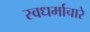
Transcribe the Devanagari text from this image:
स्वधर्माचारे